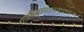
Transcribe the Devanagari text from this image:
राजसत्तामदांधतुंगध्वजन